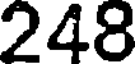
248